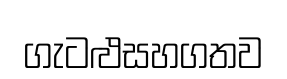
ගැටළුසහගතව